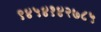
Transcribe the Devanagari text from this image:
९४५४१४२७८५